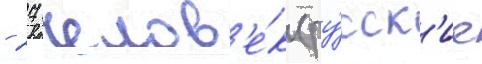
- 27 челов'е́к (ру́сск'ие